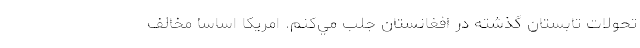
تحولات تابستان گذشته در افغانستان جلب مي‌كنم. امريكا اساسا مخالف